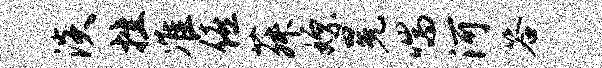
淡挫准僖菽嫖冕喘河答